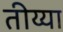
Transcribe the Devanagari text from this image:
तीय्या